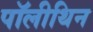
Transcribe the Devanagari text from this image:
पॉलीथिन